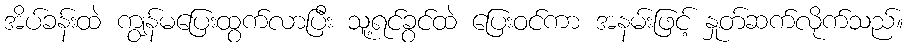
အိပ်ခန်းထဲ ကျွန်မပြေးထွက်လာပြီး သူ့ရင်ခွင်ထဲ ပြေးဝင်ကာ အနမ်းဖြင့် နှုတ်ဆက်လိုက်သည်။